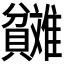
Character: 𬥬